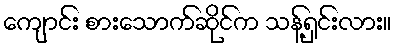
ကျောင်း စားသောက်ဆိုင်က သန့်ရှင်းလား။